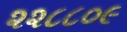
૨૨૮૮૦૯